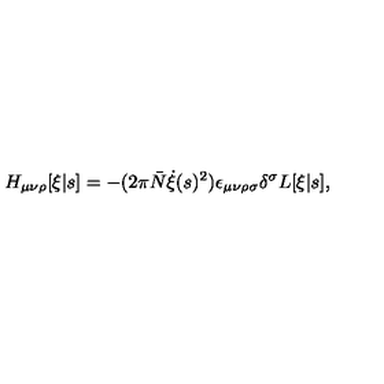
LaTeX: H _ { \mu \nu \rho } [ \xi | s ] = - ( 2 \pi \bar { N } \dot { \xi } ( s ) ^ { 2 } ) \epsilon _ { \mu \nu \rho \sigma } \delta ^ { \sigma } L [ \xi | s ] ,